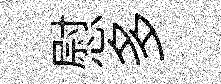
慰多